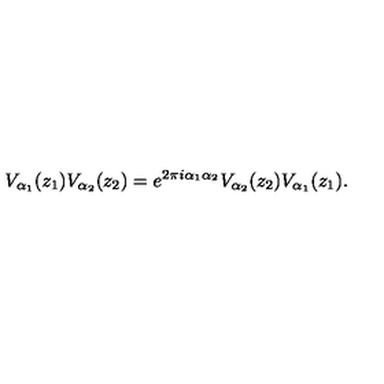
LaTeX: V _ { \alpha _ { 1 } } ( z _ { 1 } ) V _ { \alpha _ { 2 } } ( z _ { 2 } ) = e ^ { 2 \pi i \alpha _ { 1 } \alpha _ { 2 } } V _ { \alpha _ { 2 } } ( z _ { 2 } ) V _ { \alpha _ { 1 } } ( z _ { 1 } ) .